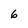
Character: 6